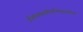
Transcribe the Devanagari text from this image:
ईशावास्योपनिषदातील